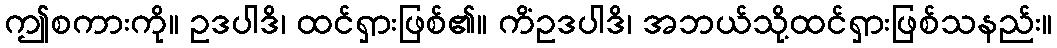
ဤစကားကို။ ဥဒပါဒိ၊ ထင်ရှားဖြစ်၏။ ကိံဥဒပါဒိ၊ အဘယ်သို့ထင်ရှားဖြစ်သနည်း။